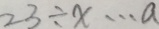
2 3 \div x \cdots a